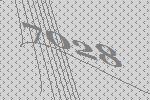
7028